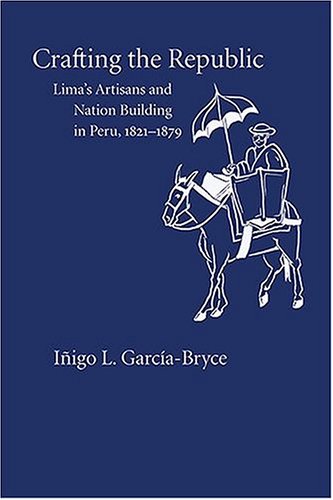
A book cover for Crafting the Republic: Lima's Artisans and Nation-Building in Peru, 1821-1879; IÃ±igo GarcÃ­a-Bryce; Business & Money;